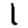
Digit: 1